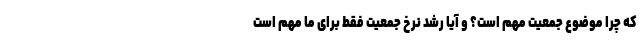
که چرا موضوع جمعیت مهم است؟ و آیا رشد نرخ جمعیت فقط برای ما مهم است